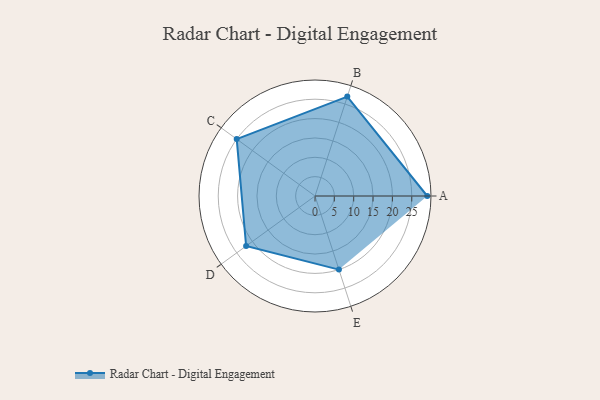
{"axis": {"x": "Skill", "y": "Score"}, "legend": ["Profile"], "data": [{"x": "A", "y": 29.0, "type": "Profile"}, {"x": "B", "y": 27.0, "type": "Profile"}, {"x": "C", "y": 25.0, "type": "Profile"}, {"x": "D", "y": 22.0, "type": "Profile"}, {"x": "E", "y": 20, "type": "Profile"}]}